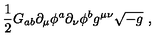
\frac { 1 } { 2 } G _ { a b } \partial _ { \mu } \phi ^ { a } \partial _ { \nu } \phi ^ { b } g ^ { \mu \nu } \sqrt { - g } \ ,